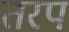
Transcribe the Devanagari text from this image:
तरप